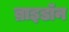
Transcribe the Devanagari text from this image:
ब्राइडॉन